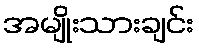
အမျိုးသားချင်း